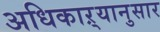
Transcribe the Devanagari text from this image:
अधिकाऱ्यानुसार